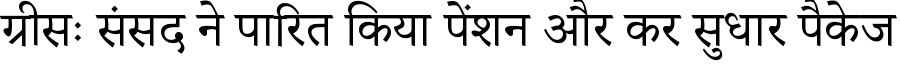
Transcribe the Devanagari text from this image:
ग्रीसः संसद ने पारित किया पेंशन और कर सुधार पैकेज